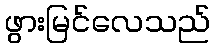
ဖွားမြင်လေသည်